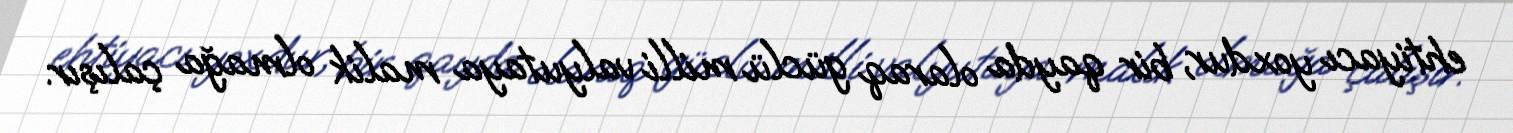
ehtiyacı yoxdur, bir qayda olaraq güclü milli valyutaya malik olmağa çalışır.